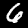
Label: 6